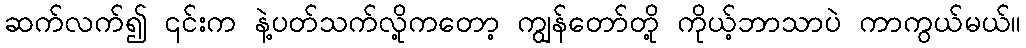
ဆက်လက်၍ ၎င်းက နဲ့ပတ်သက်လို့ကတော့ ကျွန်တော်တို့ ကိုယ့်ဘာသာပဲ ကာကွယ်မယ်။